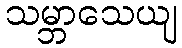
သမ္ဘာသေယျ